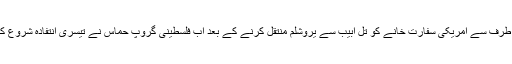
صدر ڈونلڈ ٹرمپ کی طرف سے امریکی سفارت خانے کو تل ابیب سے یروشلم منتقل کرنے کے بعد اب فلسطینی گروپ حماس نے تیسری انتفادہ شروع کرنے کا اعلان کیا ہے۔